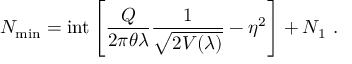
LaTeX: N _ { \mathrm { m i n } } = \mathrm { i n t } \left[ \frac { Q } { 2 \pi \theta \lambda } \frac { 1 } { \sqrt { 2 V ( \lambda ) } } - \eta ^ { 2 } \right] + N _ { 1 } ~ .